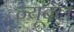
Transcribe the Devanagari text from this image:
न्यूवॅल